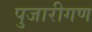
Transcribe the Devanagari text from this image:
पुजारीगण